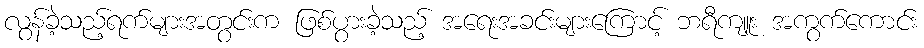
လွန်ခဲ့သည့်ရက်များအတွင်းက ဖြစ်ပွားခဲ့သည့် အရေးအခင်းများကြောင့် ဘရီကျူး အကွက်ကောင်း